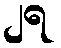
၂ရ